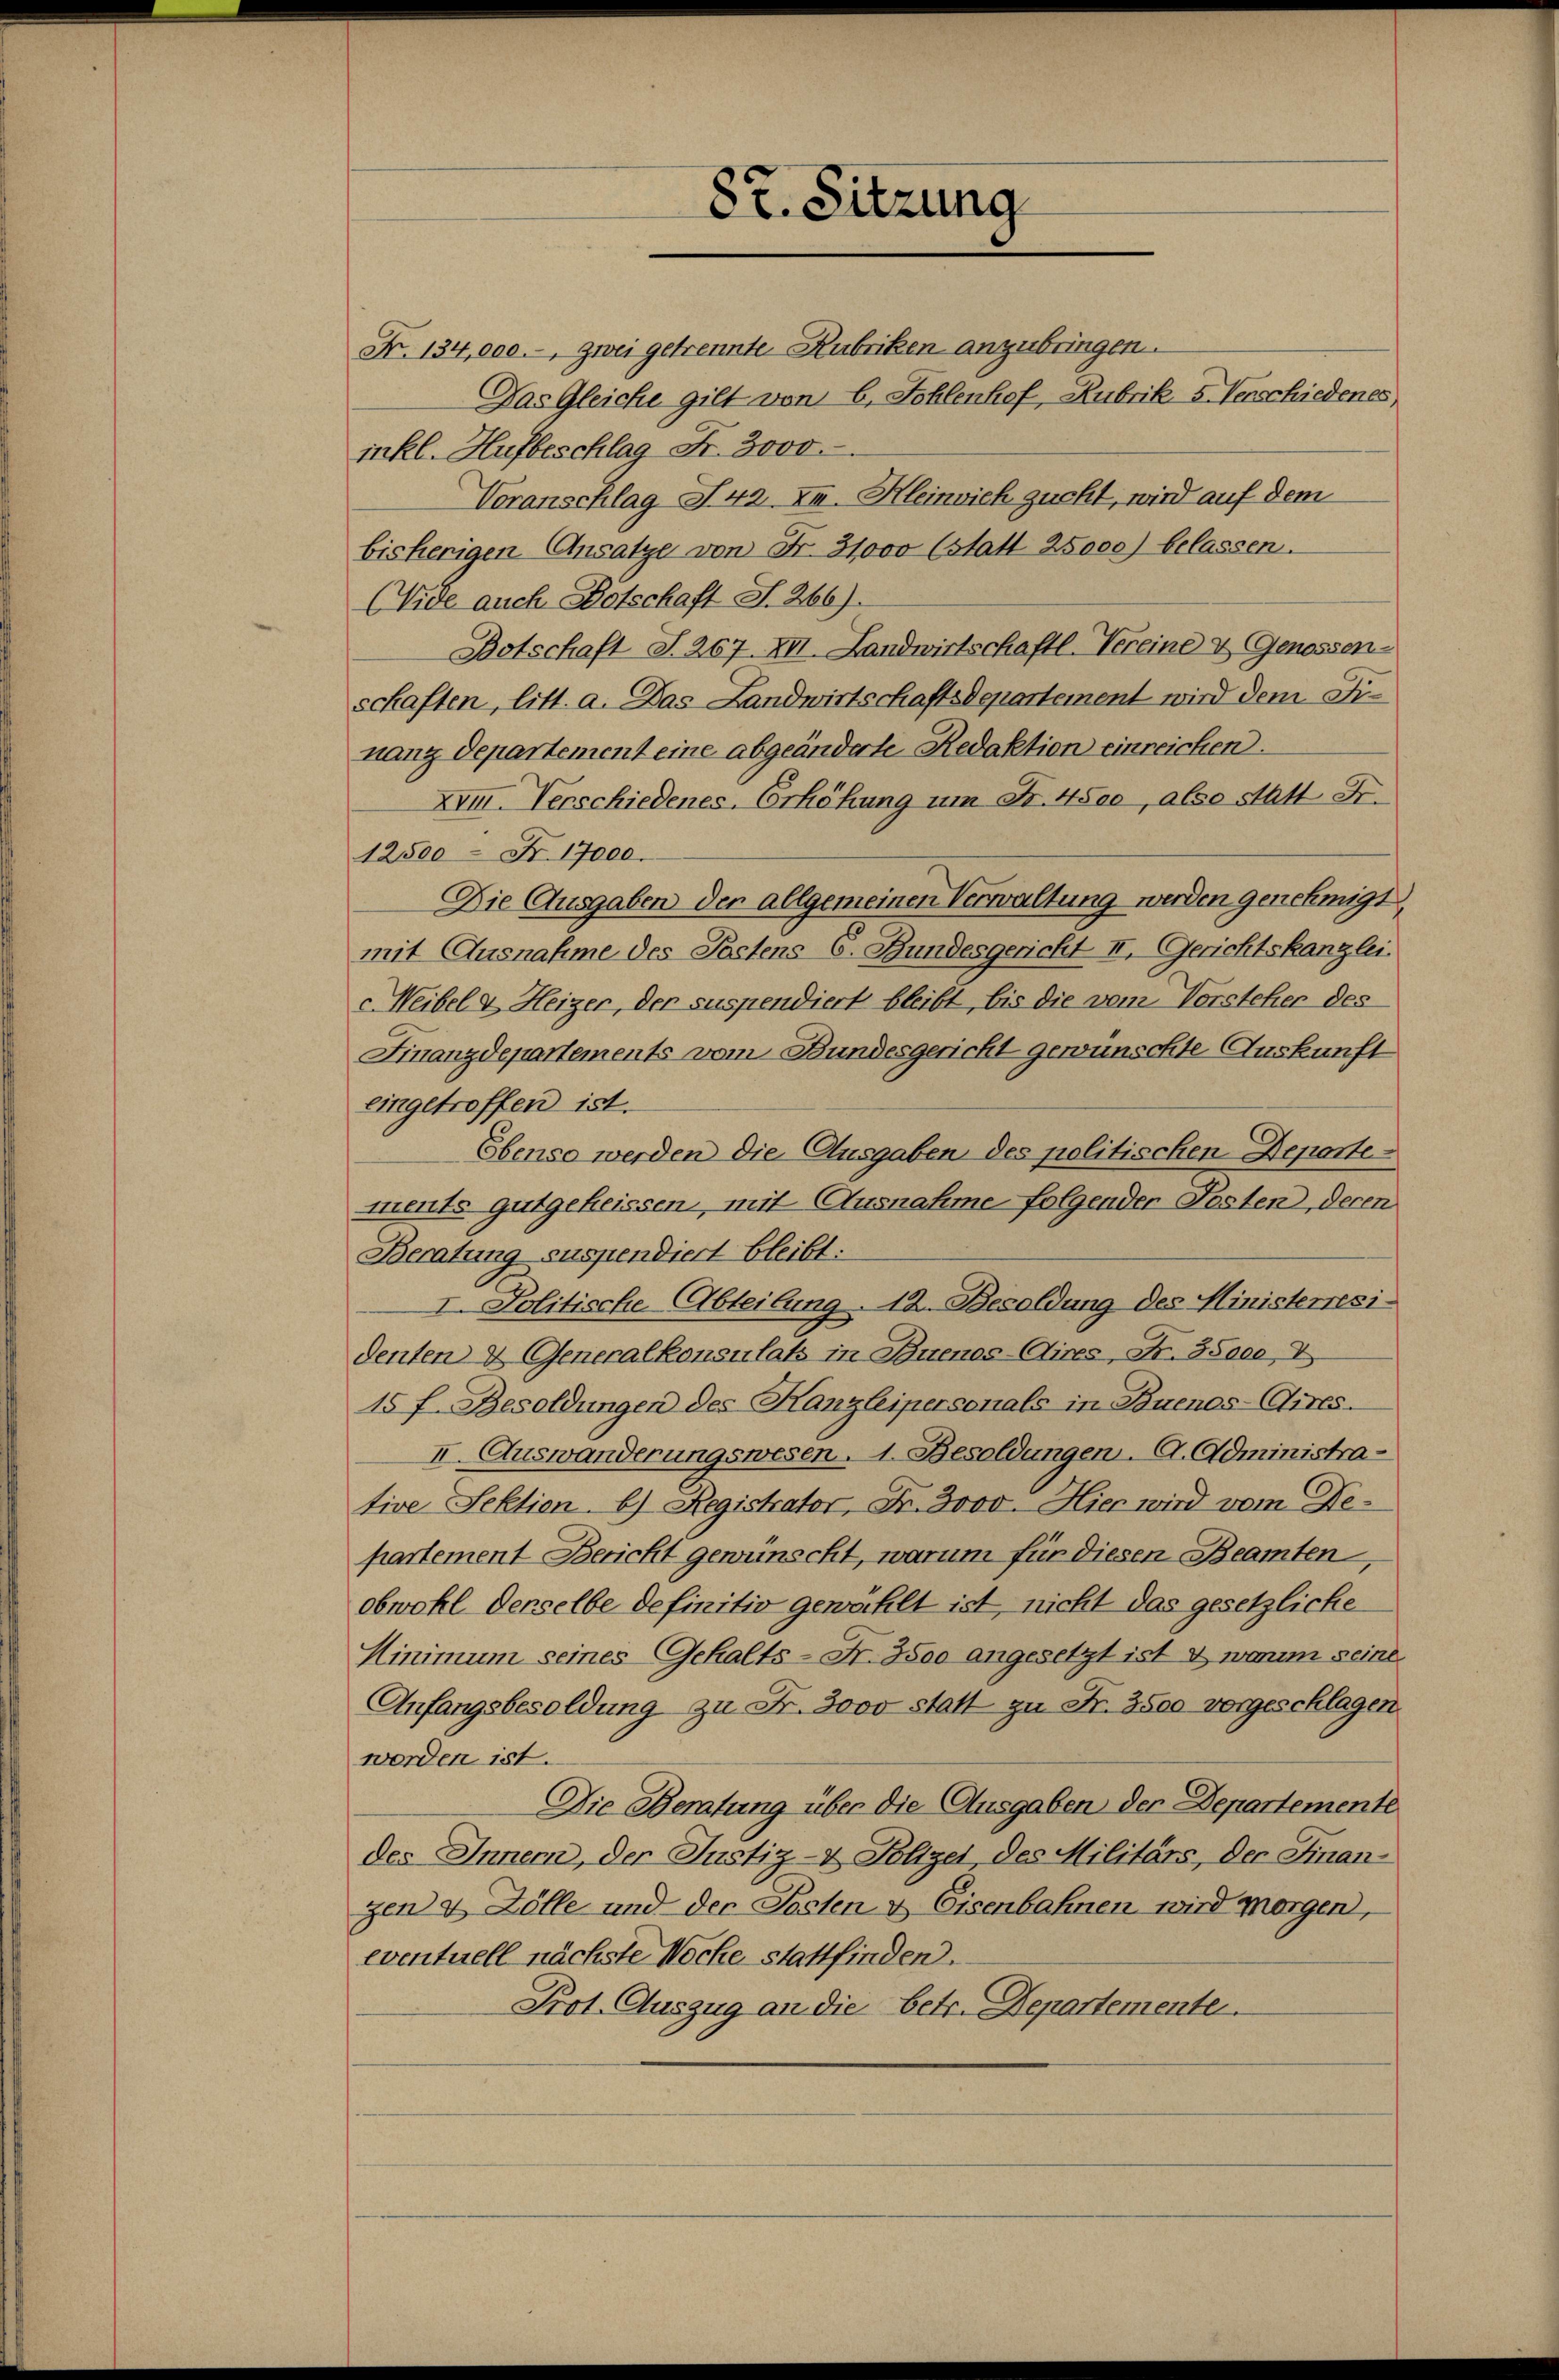
Nr. 134,000.- zwei getrennte Rubriken anzubringen.
Das Gleiche gilt von 6. Fohlenhof, Rubrik 5 Verschiedenes
inkl. Hufbeschlag Fr. 3000.
Voranschlag I 42. II. Kleinvieh zucht, wird auf dem
bisherigen Ansatze von Fr. 31000 (statt 25000) belassen.
(Vide auch Botschaft S. 266).
Botschaft S. 267. XII. Landwirtschaftl. Vereine & Genossen-
schaften, litt. a. Das Landwirtschaftsdepartement wird dem Finang departement eine abgeänderte Redaktion einreichen.
XVII. Verschiedenes Erhöhung um Fr. 4500, also statt Fr.
12500 Fr. 17000.
Die Ausgaben der allgemeinen Verwaltung werden genehmigt
mit Ausnahme des Postens 6. Bundesgericht II. Gerichtskanzlei.
Meibel & Heizer, der suspendiert bleibt, bis die vom Vorsteher des
Finanzdepartements vom Bundesgericht gewünschte Auskunft
eingetroffen ist.
Ebenso werden die Ausgaben des politischen Departe
ments gutgeheissen, mit Ausnahme folgender Posten, deren
Beratung suspendiert bleibt:
I. Politische Abteilung. 12. Besoldung des Ministerresi-
denten & Generalkonsulats in Buenos-Aires, Fr. 35000, I
15 f. Besoldungen des Kanzleipersonals in Buenos-Cires.
II. Auswanderungswesen. 1. Besoldungen. A. Administrative Sektien, b) Registrator, Fr. 3000. Hier wird vom Departement Bericht gewünscht, warum für diesen Beamten,
obwohl derselbe definitiv gewählt ist, nicht das gesetzliche
Hinimum seines Gehalts- Fr. 3500 angesetzt ist & warum seine
Anfangsbesoldung zu Fr. 3000 statt zu Fr. 3500 vorgeschlagen
worden ist.
Die Beratung über die Ausgaben der Departemente
des Innern, der Justiz- & Polizei, des Militärs, der Finangend Zölle und der Posten & Eisenbahnen wird morgen,
eventuell nächste Woche stattfinden.
Prot. Auszug an die betr. Departemente

87. Sitzung